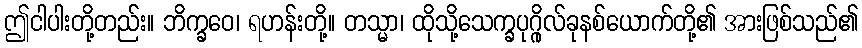
ဤငါပါးတို့တည်း။ ဘိက္ခဝေ၊ ရဟန်းတို့။ တသ္မာ၊ ထိုသို့သေက္ခပုဂ္ဂိုလ်ခုနစ်ယောက်တို့၏ အားဖြစ်သည်၏